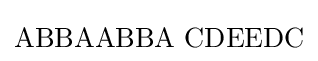
\mathrm {ABBAABBA\,\,CDEEDC}